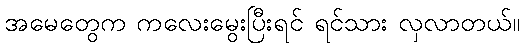
အမေတွေက ကလေးမွေးပြီးရင် ရင်သား လှလာတယ်။